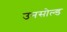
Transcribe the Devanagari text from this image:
उनसोल्ड